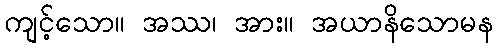
ကျင့်သော။ အဿ၊ အား။ အယာနိသောမန